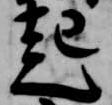
起